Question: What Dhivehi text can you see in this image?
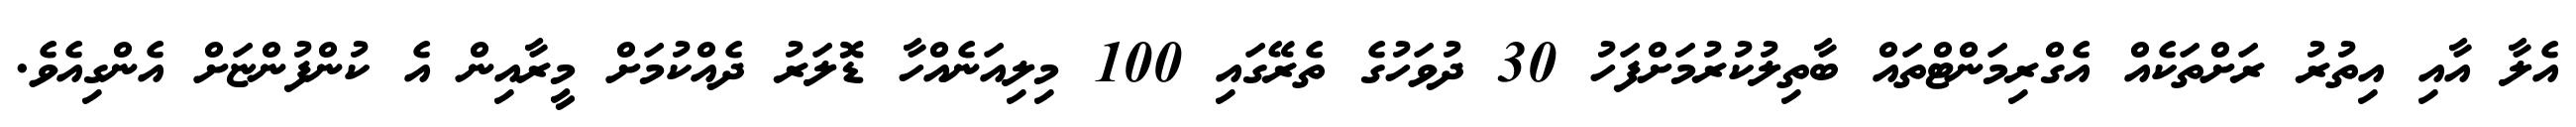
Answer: އެލާ އާއި އިތުރު ރަށްތަކެއް އެގްރިމަންޓްތައް ބާތިލުކުރުމަށްފަހު 30 ދުވަހުގެ ތެރޭގައި 100 މިލިއަނެއްހާ ޑޮލަރު ދެއްކުމަށް މީރާއިން އެ ކުންފުންޏަށް އެންގިއެވެ.